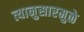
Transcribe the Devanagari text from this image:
त्यानुसारमुळे